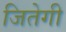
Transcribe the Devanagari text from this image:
जितेगी